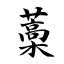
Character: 藁